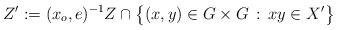
LaTeX: \begin{align*}Z' := (x_o,e)^{-1}Z \cap \big\{ (x,y) \in G \times G \, : \, xy \in X' \big\} \end{align*}